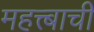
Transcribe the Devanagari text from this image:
महत्त्बाची